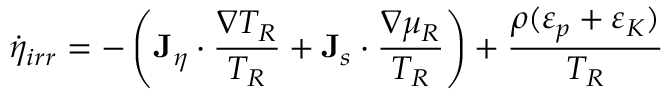
\dot { \eta } _ { i r r } = - \left( { \bf J } _ { \eta } \cdot \frac { \nabla T _ { R } } { T _ { R } } + { \bf J } _ { s } \cdot \frac { \nabla \mu _ { R } } { T _ { R } } \right) + \frac { \rho ( \varepsilon _ { p } + \varepsilon _ { K } ) } { T _ { R } }